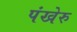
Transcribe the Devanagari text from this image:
पंखेरु